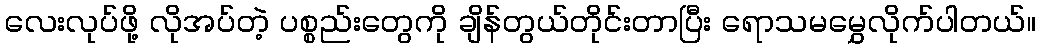
လေးလုပ်ဖို့ လိုအပ်တဲ့ ပစ္စည်းတွေကို ချိန်တွယ်တိုင်းတာပြီး ရောသမမွှေလိုက်ပါတယ်။